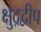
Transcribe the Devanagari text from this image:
क्षुद्रद्वीप